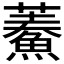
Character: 𩺁